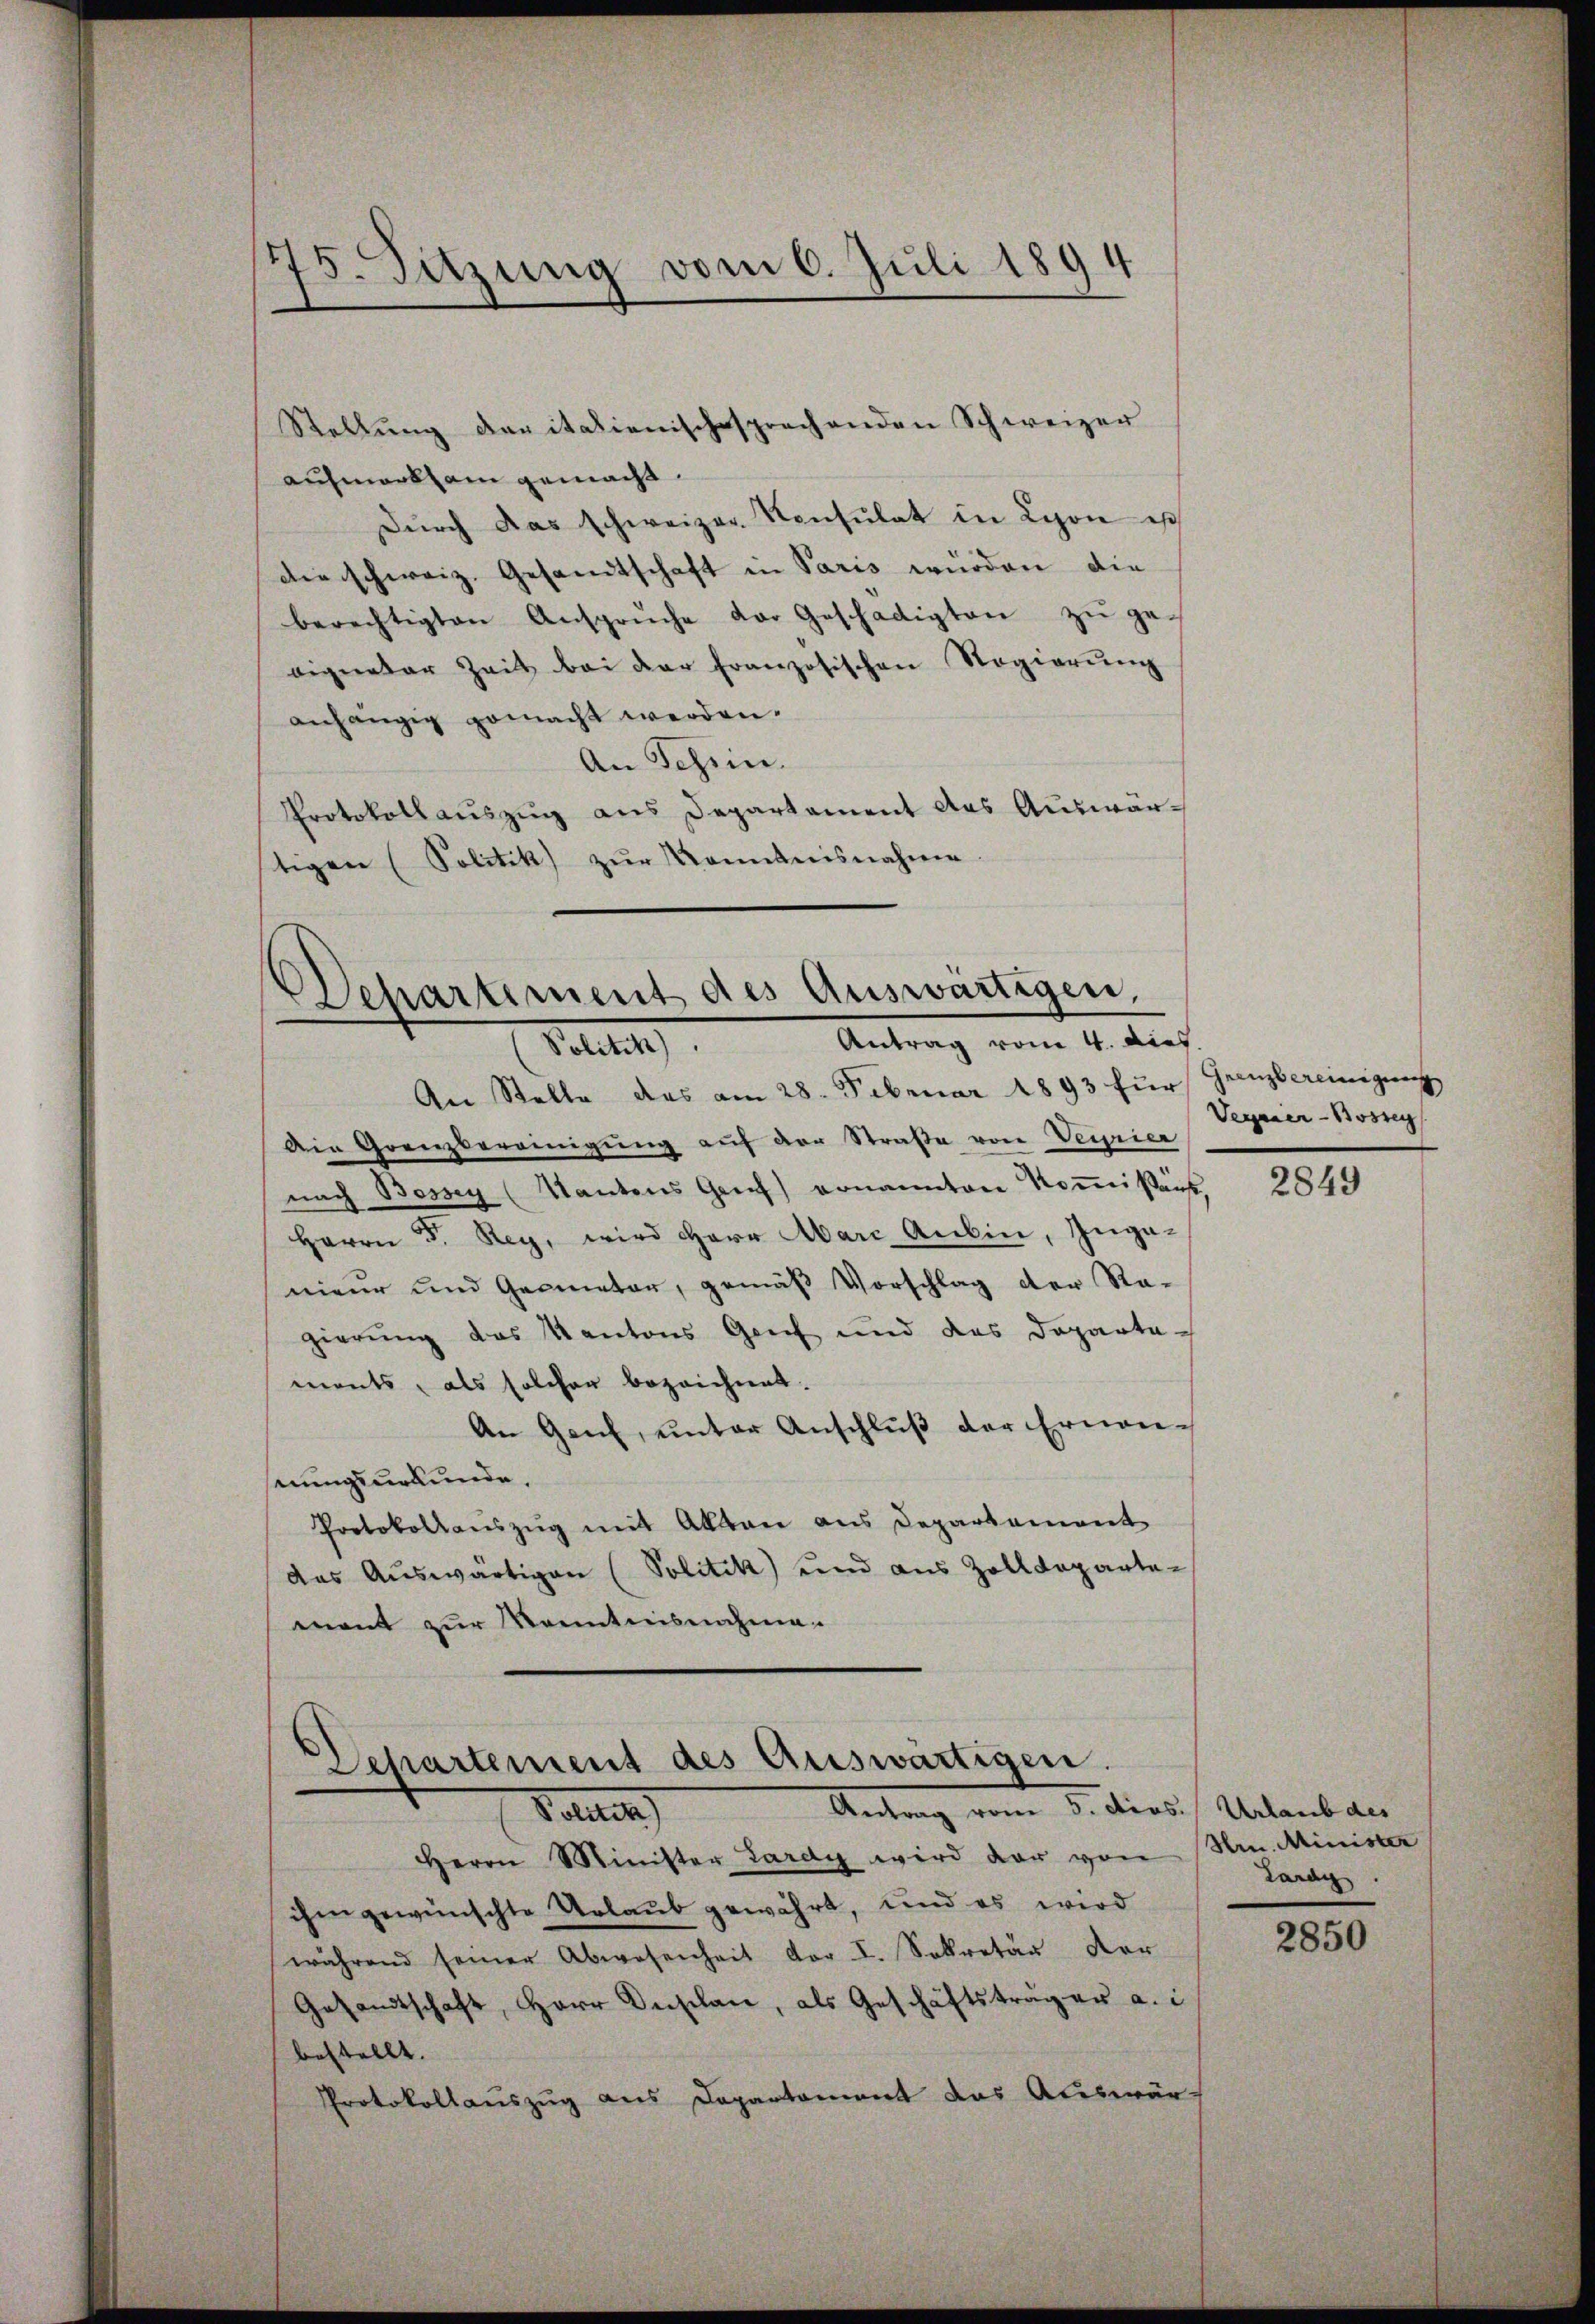
75. Sitzung vom 6. Juli 1894

Stellung der italienischesprechenden Schweizer
aufmarklain gemacht.
Dŭrch das schweizer Konsulat in Lyon ist
die schweiz. Gesandtschaft in Paris würden die
berechtigten Anspruche der Geschädigten zu geeigneter Zeit bei der französischen Regierŭng
anhängig gemacht werden.
An Schein.
Protokollauszug aus Departement das Auswärtigen (Politik zur Kenntnisnahme

An Stelle das am 28. Februar 1893 für
Die Grenzbereinigung auf der Straße von Verrier
nach Bossey (Kantons Graf ernannten Kommißärs
Herrn D. Rey, wird Herr Marc Aubin, Ingenieur und Geometer, gemäß Vorschlag der Ra-
gierung des Kantons Genf und das Departa-
ments, als solcher bezeichnet.
An Genf, unter Anschlŭβ der Ernennungsurkunde.
Protokollauszug mit Akten aus Departement
das Aŭswärtigen (Politik und aus Zolldepartemnent zur Kenntnisnahme

Departement des Auswärtigen,
Antrag vom 4. dies
Politik)

Departement des Auswärtigen.
Antrag vom 5. dios. Urlaub des
Vattet

Herrn Minister Lardy wird der von Hrn. Minister
ihm gewünschte Urlaub gewährt, und es wird
während seiner Abwesenheit vor I. Sekretär der
Gesandtschaft, Herr Dusclan, als Geschäftsträger a. i
bestellt.
Protokollauszug aus Departement das Auswär-

Grenzbereinigung
Vegener-Bossen

2849

Lardy

2850